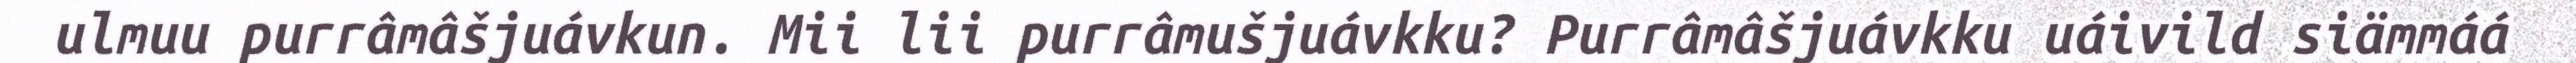
ulmuu purrâmâšjuávkun. Mii lii purrâmušjuávkku? Purrâmâšjuávkku uáivild siämmáá